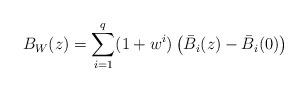
LaTeX: \begin{align*}{B}_W(z)=\sum_{i=1}^q(1+w^i)\left(\bar{B}_i(z)-\bar{B}_i(0) \right)\end{align*}